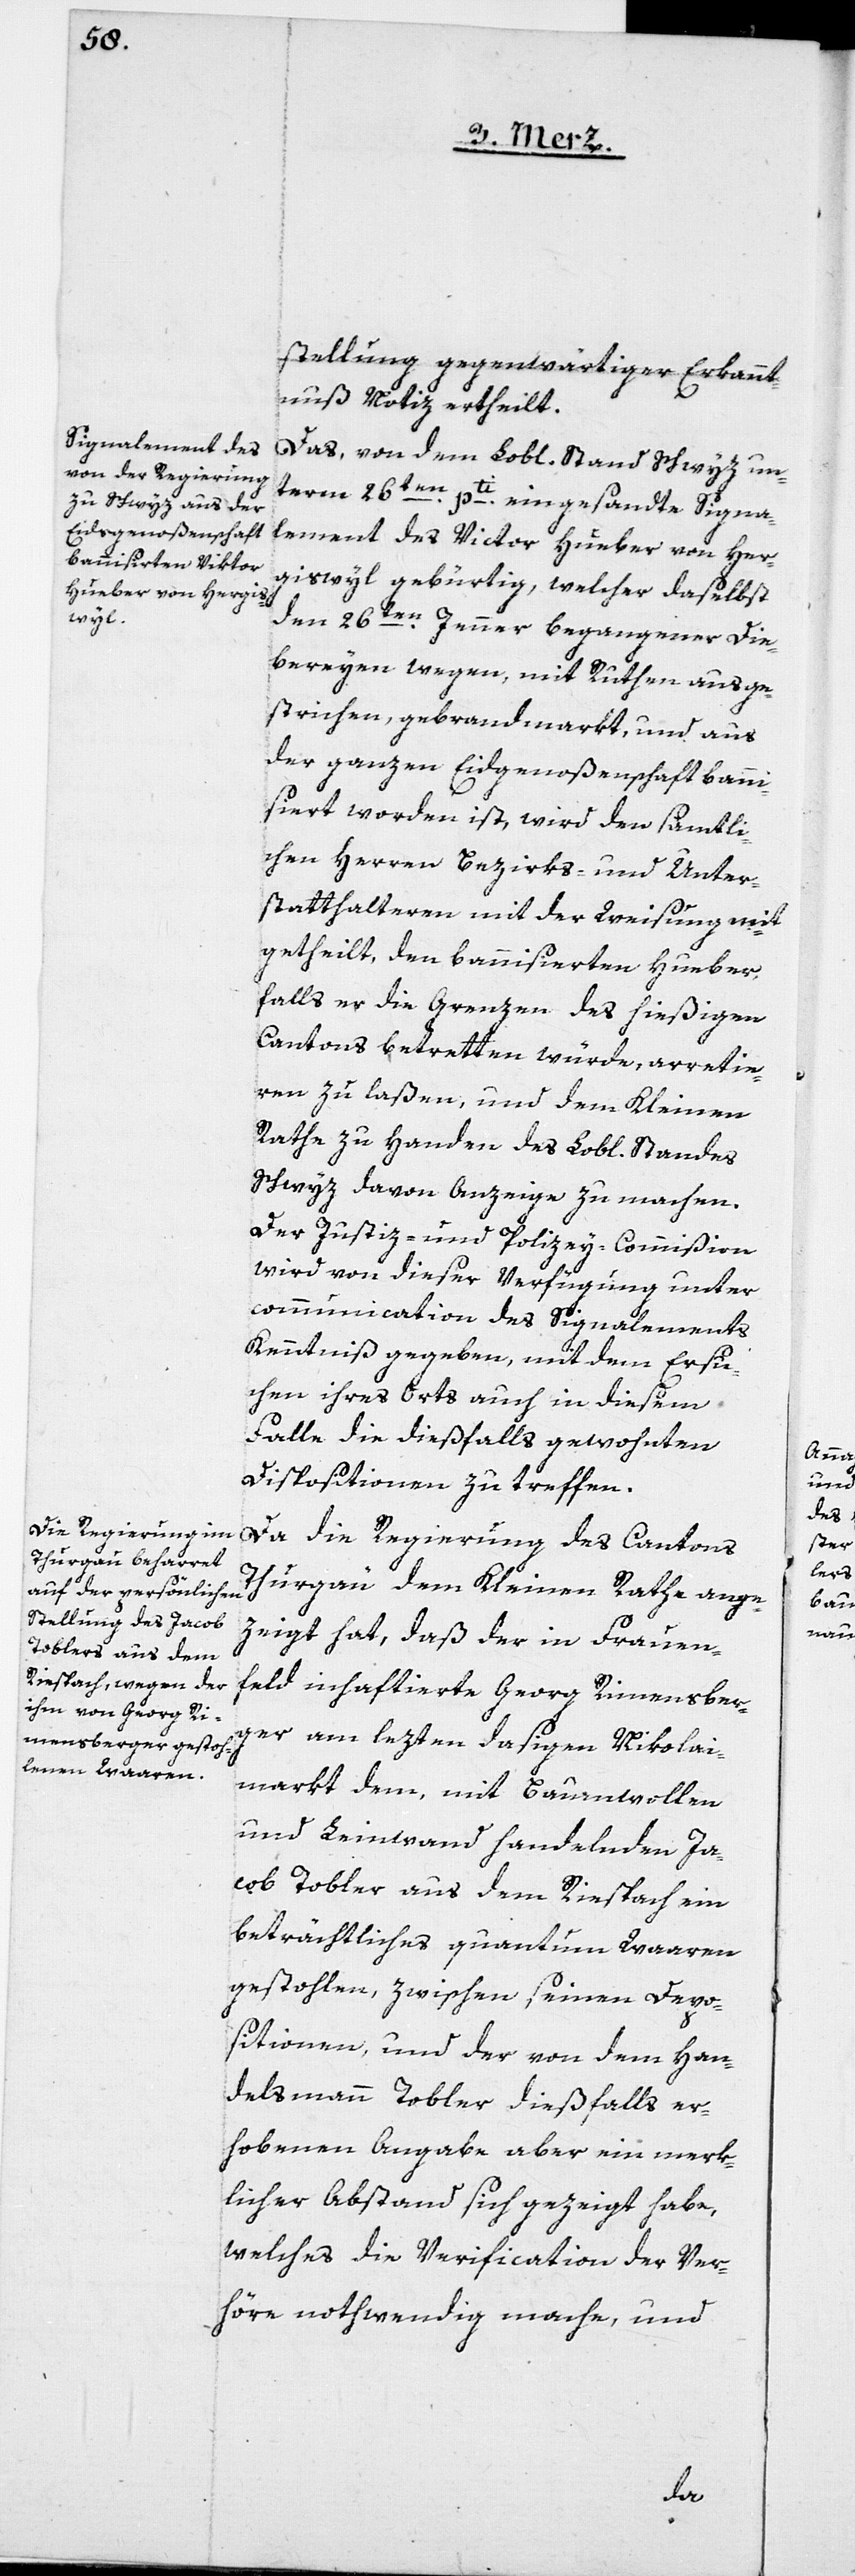
ignalement des
Hueber, von Herg¬

stellung gegenwärtiger Erkannt¬
nuß Notiz ertheilt.
term 26ten pti eingesandte S¬
iswyl gebürtig, welcher daselbst
den 26ten Jenner begangener Die¬
bereyen wegen, mit Ruthen ausge¬
strichen, gebrandmarkt, und aus
der ganzen Eidgenoßenschaft banni¬
siert worden ist, wird den sämtli¬
chen Herren Bezirks- und Unter¬
statthalteren mit der Weisung mit¬
getheilt, den bannisierten Hueber,
falls er die Grenzen des hießigen
Cantons betretten würde, arretie¬
ren zu laßen, und dem Kleinen
Schwyz davon Anzeige zu machen.
Der Justiz- und Polizey-Commißion
wird von dieser Verfügung unter
communication des Signalements
Kenntniß gegeben, mit dem Ersu¬
chen, ihres Orts auch in diesem
Falle die dießfalls gewohnten
Dispositionen zu treffen.
Da die Regierung des Cantons
Thurgau dem Kleinen Rathe ange¬
zeigt hat, daß der in Frauen¬
feld inhaftierte Georg Rimensber¬
ger am lezten dasigen Nikolai¬
markt dem, mit Baumwollen
und Leinwand handelnden Ja¬
cob Tobler aus dem Riespach ein
beträchtliches quantum Waaren
gestohlen, zwischen seinen Depo¬
sitionen und der von dem Han¬
delsmann Tobler dießfalls er¬
hobenen Angabe aber ein merk¬
licher Abstand sich gezeigt habe,
welches die Verification der Ver¬
höre nothwendig mache, und
des